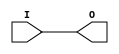
// $Header: /devl/xcs/repo/env/Databases/CAEInterfaces/verunilibs/data/unisims/IBUF_LVCMOS12.v,v 1.6 2007/05/23 21:43:35 patrickp Exp $
///////////////////////////////////////////////////////////////////////////////
// Copyright (c) 1995/2004 Xilinx, Inc.
// All Right Reserved.
///////////////////////////////////////////////////////////////////////////////
//   ____  ____
//  /   /\/   /
// /___/  \  /    Vendor : Xilinx
// \   \   \/     Version : 10.1
//  \   \         Description : Xilinx Functional Simulation Library Component
//  /   /                  Input Buffer with LVCMOS12 I/O Standard
// /___/   /\     Filename : IBUF_LVCMOS12.v
// \   \  /  \    Timestamp : Thu Mar 25 16:42:33 PST 2004
//  \___\/\___\
//
// Revision:
//    03/23/04 - Initial version.
//    05/23/07 - Changed timescale to 1 ps / 1 ps.

`timescale  1 ps / 1 ps


module IBUF_LVCMOS12 (O, I);

    output O;

    input  I;

	buf B1 (O, I);


endmodule